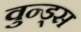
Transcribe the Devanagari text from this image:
वुन्ड्स